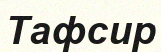
Тафсир